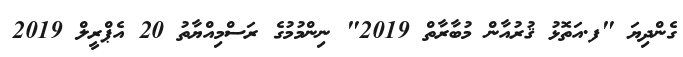
ގެންދިޔަ "ފ.އަތޮޅު ޤުރުއާން މުބާރާތް 2019" ނިންމުމުގެ ރަސްމިއްޔާތު 20 އެޕްރީލް 2019